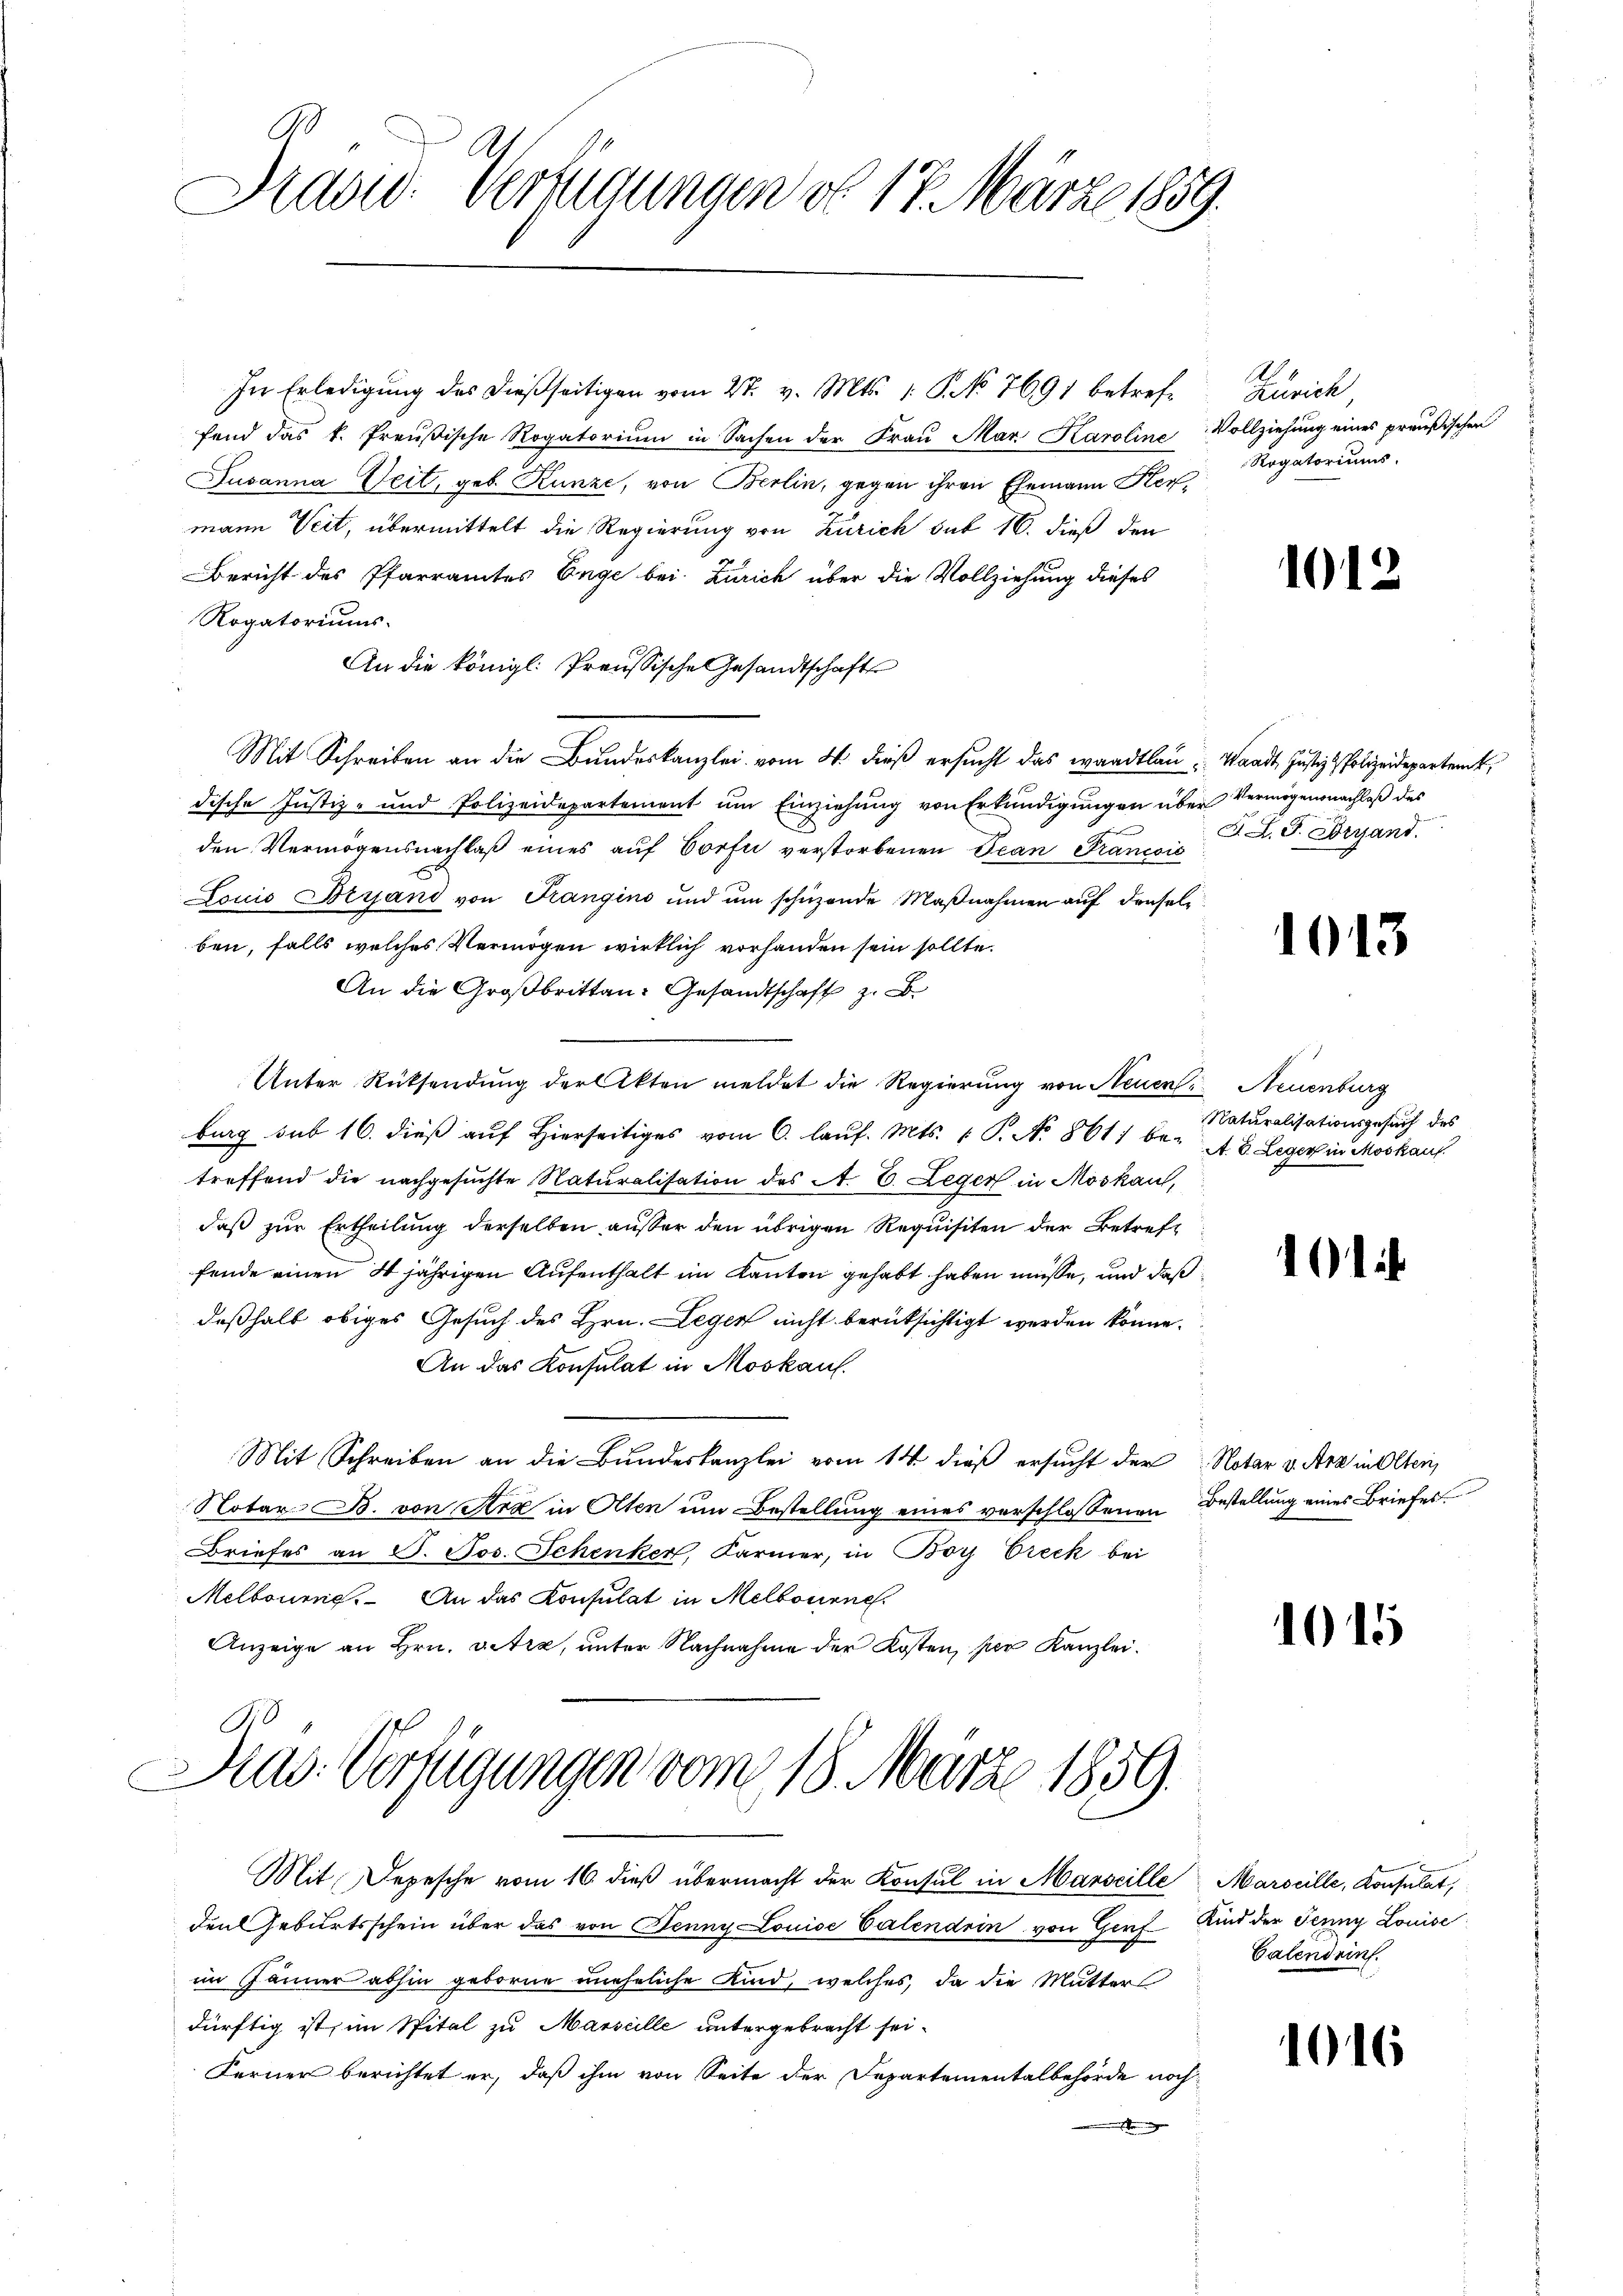
Brasid. Verfügungen dd 17. März 1859.

In Erledigung des dießseitigen vom 27. v. Mts. 1. P. No 7691 betreffend das k. Preußische Rogatoriŭm in Sachen der Fraŭ Mar. Karoline Vollziehung eines preußischen
Jusanna Veit, geb. Kunze, von Berlin, gegen ihren Ehemann Kermann Veit, übermittelt die Regierung von Zürich sub 16. dieß den
Bericht des Pfarramtes Enge bei. Zürich über die Vollziehung dieses
Rogatoriums
An die königl. Preussische Gesandtschafts
Mit Schreiben an die Bundeskanzlei vom 4. dieß ersucht das wardtlen: Waadt, Justiz, Polizeidepartanck,
dische Justiz- und Polizeidepartement ŭm Einziehung von Erkundigungen über Vermögensnachlaß des
den Vermögensnachlaß eines auf Vorfe verstorbenen Jean Francois
Louis Brand von Frangins und ŭm schüzende Maβnahmen aŭf denselben, falls welches Vermögen wirklich vorhanden sein sollte.
An die Großbritten-Gesandtschaft z. B.
Unter Rücksendung der Akten meldet die Regierung von Neuen Neuenburg
burg sub 16. dieß auf hierseitiges vom 6. laŭf. Mts. 1 S. No. 861 be- A. B. Leger in Moskauf
treffend die nachgesuchte Naturalisation des A. E. Leger in Moskau,
daß zur Ertheilung derselben außer den übrigen Requisiten der Betreffende einen 4 jährigen Aufenthalt im Kanton gehabt haben müsse, und daß
deßhalb obiges Gesuch des Hrn. Legen nicht berücksichtigt werden könne.
An das Konsulat in Moskauf.
Mit Schreiben an die Bundeskanzlei vom 14. dieß ersucht der Notar v. Art in Olten,
Notar B. von Arx in Olten um Bestellung eines verschlossenen Bestellung eines Briefes
Briefes an S. Jos. Schenker, Karmer, in Boy Vreck bei
Melbourg. An das Konsulat in Melbourne
Anzeige an Hrn. Vitre, unter Nachnahme der Kosten, per Kanzlei.
A
Dras. Verfügungen vom 18. März 1859.
Mit, Depesche vom 16. dieß übermacht der Konsul in Marseille Marseille, Konsulat,
den Geburtsschein über das von Jenny Louise Valendrin von Genf Kind der Jenny Louise
im Jänner abhin geborne uneheliche Kind, welches, da die Mutter
dürftig ist, im Spital zu Marseille untergebracht sei.
Ferner berichtet er, daß ihm von Seite der Departementalbehörde noch

Zürich
Rogatoriums.

10

J. J. J. Brand.

1013

Naturalisationsgesuch des

10

1015

Calendrint.

1016